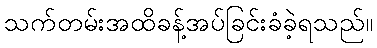
သက်တမ်းအထိခန့်အပ်ခြင်းခံခဲ့ရသည်။